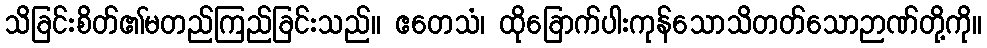
သိခြင်းစိတ်၏မတည်ကြည်ခြင်းသည်။ ဧတေသံ၊ ထိုခြောက်ပါးကုန်သောသိတတ်သောဉာဏ်တို့ကို။